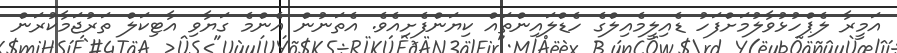
އަމީރާ ލެޕްހުޅުވާލުމަށްފަހު ޑެއިލީމެއިލްގެ ހެޑްލައިންތައް ކިޔަންފެށިއެވެ. އެތަނުން އެންމެ ގަޔާވި އާޓިކަލް ތަރުޖަމާކުރަން